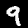
Digit: 9